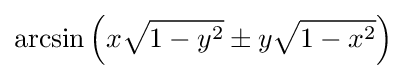
\arcsin \left(x{\sqrt {1-y^{2}}}\pm y{\sqrt {1-x^{2}{\vphantom {y}}}}\right)